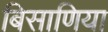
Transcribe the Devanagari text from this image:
बिसाणिया